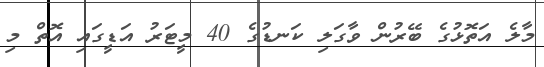
މާލެ އަތޮޅުގެ ބޭރުން ވާގަލި ކަނޑުގެ 40 މީޓަރު އަޑީގައި އޮތް މި